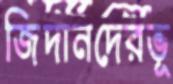
জিদানদেরভূ